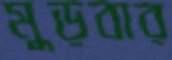
মুড়বার